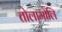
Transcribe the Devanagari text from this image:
तोलामोलि